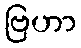
ဗြဟာ